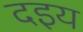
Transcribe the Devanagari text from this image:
दइय